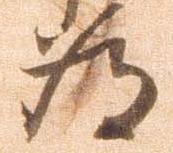
為